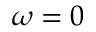
\omega = 0